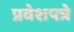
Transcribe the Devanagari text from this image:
प्रवेशपत्रे